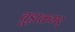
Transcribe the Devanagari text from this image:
चूड़ाकमर्